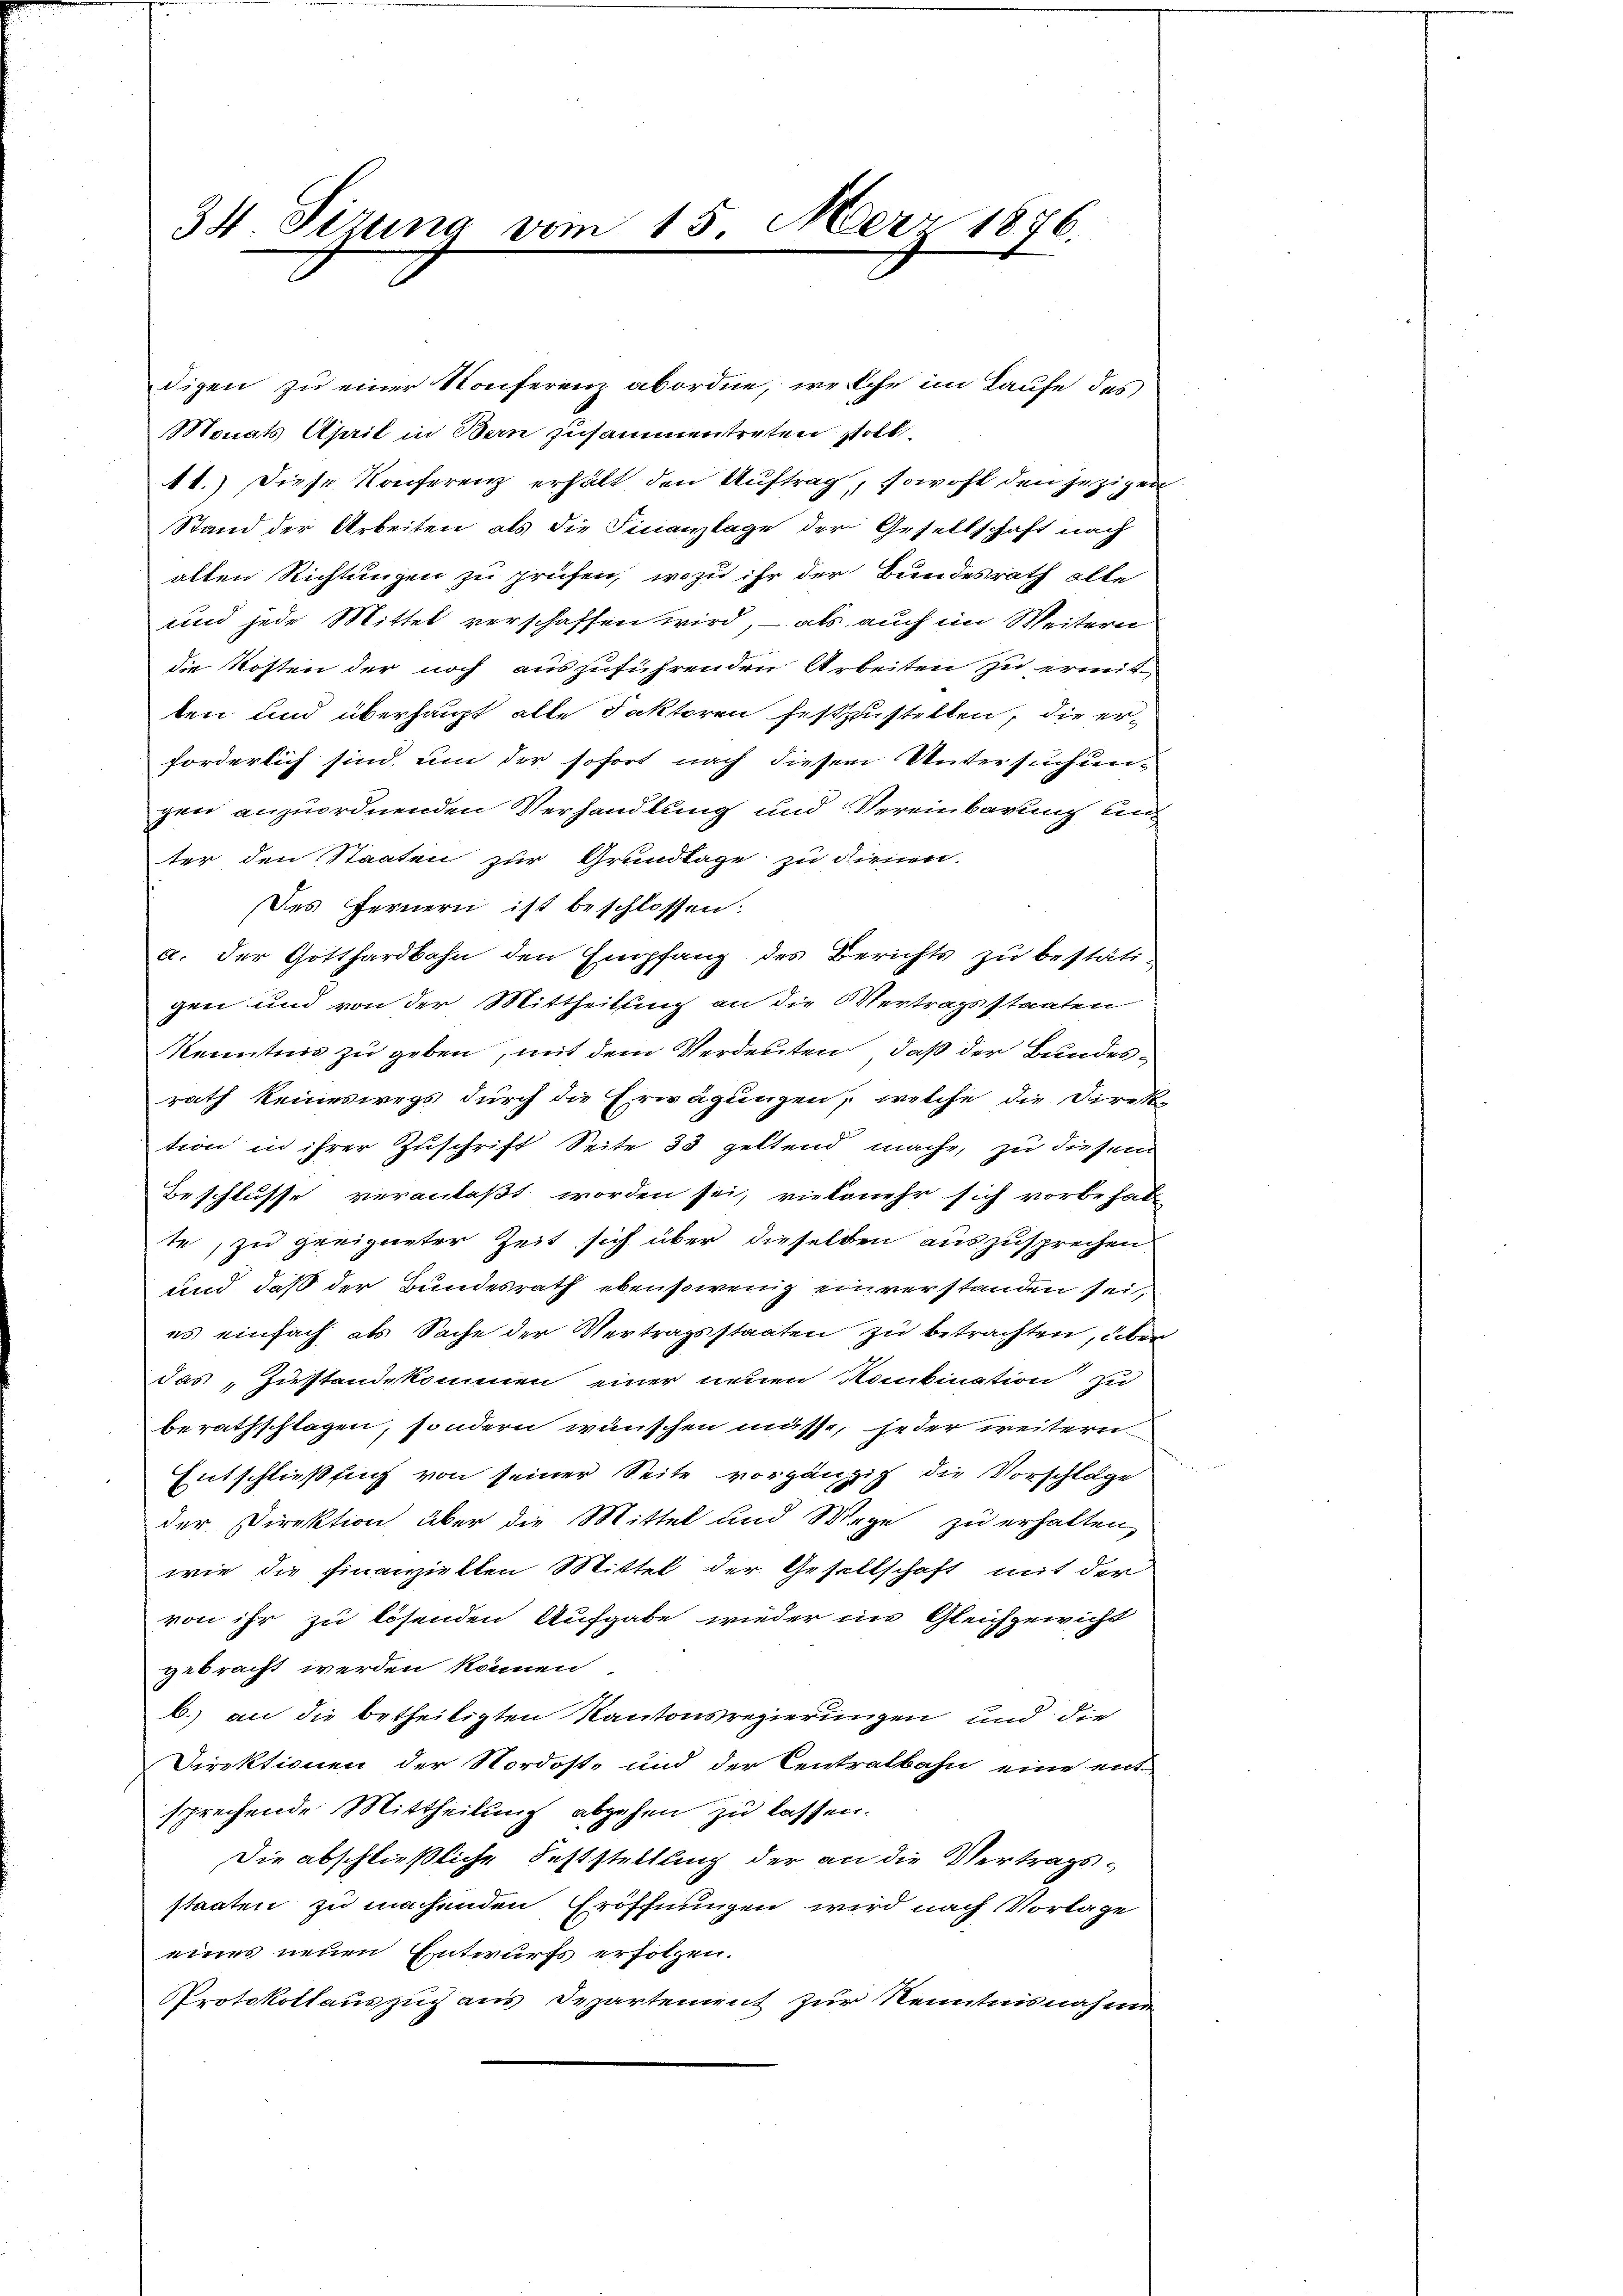
34 Sizung vom 15. März 1886.

digen zu einer Konferenz abordne, welche im Laufe des
Monats April in Bern zusammentreten soll.
11.) Diese Konferenz erhält den Auftrag, sowohl den jezigen
Stand der Arbeiten als die Finanzlage der Gesellschaft nach
alten Richtungen zu prüfen, wozu ihr der Bundesrath alte
und jede Mittel verschaffen wird, – als auch im Weitern
die Kosten der noch auszuführenden Arbeiten zu ermitten und überhaupt alle Faktoren festzustellen, die erforderlich sind, um der sofort nach diesem Untersuchun-
gen anzuordnenden Verhandlung und Vereinbarung auf
ter den Staaten zur Grundlage zu Firnen.
Des fernern ist beschlossen:
a. Der Gotthardbahn den Empfang des Berichts zu bestätigen und von der Mittheilung an die Vertragsstaaten
Kenntnis zu geben, mit dem Verdeuten, daß der Bundesrath keineswegs durch die Erwägungen, welche die Direk-
tion in ihrer Zuschrift Seite 33 geltend mache, zu diesem
Beschlusse veranlaßt worden sei, vielmehr sich vorbehal-
te, zu geeigneter Zeit sich über dieselben auszusprechen
und daß der Bundesrath ebensowenig einverstanden sei,
es einfach als Sache der Vertragsstaaten zu betrachten, über
das, Zustandekommen einer neuen Kombination zu
berathschlagen, sondern wünschen müsse, jeder weitern
Entschließung von seiner Seite vorgänzig die Vorschläge
der Direktion über die Mittel und Wege zu erhalten,
wie die Finanziellen Mittel der Gesellschaft mit der
von ihr zu lösenden Aufgabe wieder ins Gleichgewicht
gebracht werden können
b.) an die betheiligten Kantonsregierungen und die
Direktionen der Nordost- und der Centralbahn eine ent-
sprechende Mittheilung abgehen zu lassen.
Die abschließliche Feststellung der an die Vertragsstaaten zu machenden Eröffnungen wird nach Vorlage
eines neuen Entwurfs erfolgen.
Protokollauszug aus Departement zur Kenntnisnahme